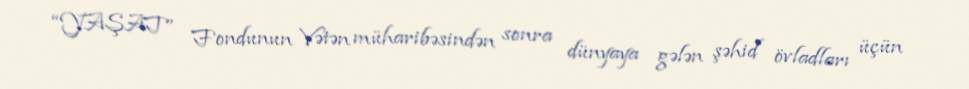
“YAŞAT” Fondunun Vətən müharibəsindən sonra dünyaya gələn şəhid övladları üçün